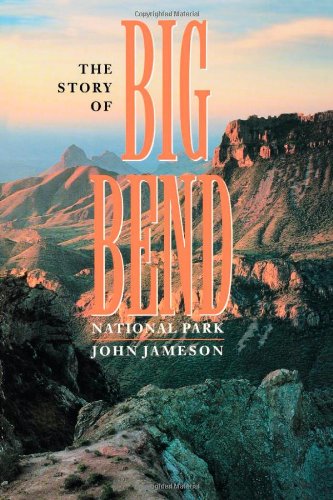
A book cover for The Story of Big Bend National Park; John Jameson; Travel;